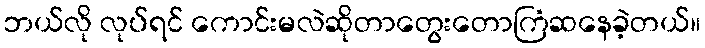
ဘယ်လို လုပ်ရင် ကောင်းမလဲဆိုတာတွေးတောကြံဆနေခဲ့တယ်။